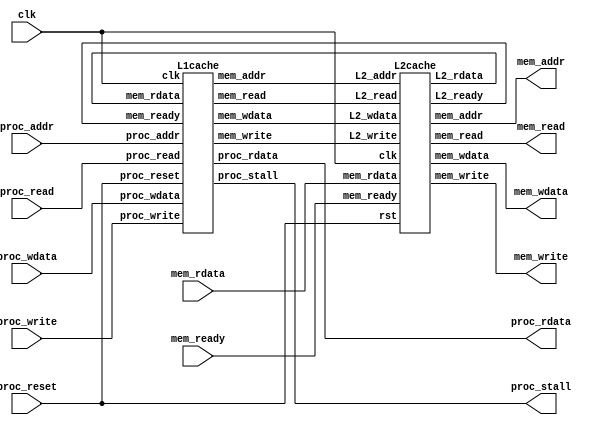
module cache(
    clk,
    proc_reset,
    proc_read,
    proc_write,
    proc_addr,
    proc_rdata,
    proc_wdata,
    proc_stall,
    mem_read,
    mem_write,
    mem_addr,
    mem_rdata,
    mem_wdata,
    mem_ready
);
    
//==== input/output definition ============================
    input          clk;
    // processor interface
    input          proc_reset;
    input          proc_read, proc_write;
    input   [29:0] proc_addr;
    input   [31:0] proc_wdata;
    output         proc_stall;
    output  [31:0] proc_rdata;
    // memory interface
    input  [127:0] mem_rdata;
    input          mem_ready;
    output         mem_read, mem_write;
    output  [27:0] mem_addr;
    output [127:0] mem_wdata;
    
//==== wire/reg definition ================================
    wire read, write, ready;
    wire [27:0] addr;
    wire [127:0] wdata, rdata;

    L1cache cache_1(
        .clk(clk), 
        .proc_reset(proc_reset), 
        .proc_read(proc_read), 
        .proc_write(proc_write), 
        .proc_addr(proc_addr), 
        .proc_rdata(proc_rdata), 
        .proc_wdata(proc_wdata),
        .proc_stall(proc_stall),
        .mem_read(read),
        .mem_write(write),
        .mem_addr(addr),
        .mem_rdata(rdata),
        .mem_wdata(wdata),
        .mem_ready(ready)
    );

    L2cache cache_2(
        .rst(proc_reset),
        .clk(clk),
        .L2_read(read),
        .L2_write(write),
        .L2_addr(addr),
        .L2_wdata(wdata),
        .L2_rdata(rdata),
        .L2_ready(ready),
        .mem_read(mem_read),
        .mem_write(mem_write),
        .mem_addr(mem_addr),
        .mem_wdata(mem_wdata),
        .mem_rdata(mem_rdata),
        .mem_ready(mem_ready)
    );




endmodule

module L1cache(
    clk,
    proc_reset,
    proc_read,
    proc_write,
    proc_addr,
    proc_rdata,
    proc_wdata,
    proc_stall,
    mem_read,
    mem_write,
    mem_addr,
    mem_rdata,
    mem_wdata,
    mem_ready
);
    
//==== input/output definition ============================
    input          clk;
    // processor interface
    input          proc_reset;
    input          proc_read, proc_write;
    input   [29:0] proc_addr;
    input   [31:0] proc_wdata;
    output         proc_stall;
    output  [31:0] proc_rdata;
    // memory interface
    input  [127:0] mem_rdata;
    input          mem_ready;
    output         mem_read, mem_write;
    output  [27:0] mem_addr;
    output [127:0] mem_wdata;
    
//==== wire/reg definition ================================
    integer i;
    parameter IDLE = 3'd0;
    parameter READ = 3'd1;
    parameter WRITE = 3'd2;
    parameter WRITEBACK_R = 3'd3;
    parameter WRITEBACK_W = 3'd4;
    reg [311:0] cache1[0:3];       //[311]:valid1   [310]:dirty1    [309:284]:tag1    [283:156]:data1   [155]:valid2     [154]:dirty2    [153:128]:tag2    [127:0]:data2
    reg [311:0] n_cache1[0:3];
    reg [2:0] state, n_state;
    reg previous_used [0:3];
    reg n_previous_used [0:3];
    wire valid1, valid2, match1, match2, hit, writeread, which_cache;
    wire [155:0] block;
    wire [25:0] tag1, tag2;
    wire [1:0] block_num;
    wire [1:0] data_num;
    reg proc_stall, mem_read, mem_write;
    reg [31:0] blockword, newreadword, proc_rdata;
    reg [127:0] newdata_write, newdata_write_mem;
    reg [27:0] mem_addr;
//==== combinational circuit ==============================
    assign block_num = proc_addr[3:2];
    assign data_num = proc_addr[1:0];
    assign tag1 = cache1[block_num][309:284];
    assign tag2 = cache1[block_num][153:128];
    assign valid1 = cache1[block_num][311];
    assign valid2 = cache1[block_num][155];
    assign match1 = (tag1==proc_addr[29:4])?1'b1:1'b0;
    assign match2 = (tag2==proc_addr[29:4])?1'b1:1'b0;
    assign hit = ((valid1&&match1)||(valid2&&match2))?1'b1:1'b0;
    assign which_cache = (hit)?(valid2&match2):previous_used[block_num];
    assign block = (which_cache)?cache1[block_num][155:0]:cache1[block_num][311:156];
    assign writeread = ((~hit)&&block[154]&&block[155])?1'b1:1'b0;
    //assign mem_addr = proc_addr[29:2];
    assign mem_wdata = block[127:0];
    always@(*)begin
        proc_stall = 0;
        mem_write = 0;
        mem_read = 0;
        case (state)
            IDLE:begin
                if(proc_read)begin
                    if(hit)begin
                        n_state = IDLE;
                    end
                    else if(writeread)begin
                        n_state = WRITEBACK_R;
                        proc_stall = 1'b1;
                        mem_write = 1'b1;
                    end
                    else begin
                        n_state = READ;
                        proc_stall = 1'b1;
                        mem_read = 1'b1;
                    end
                end
                else if(proc_write)begin
                    if(hit)begin
                        n_state = IDLE;
                    end
                    else if(writeread)begin
                        n_state = WRITEBACK_W;
                        proc_stall = 1'b1;
                        mem_write = 1'b1;
                    end
                    else begin
                        n_state = WRITE;
                        proc_stall = 1'b1;
                        mem_read = 1;
                    end
                end
                else begin
                    n_state = IDLE;
                end
            end

            READ:begin
                if(mem_ready)begin
                    proc_stall = 1'b0;
                    mem_read = 1'b0;
                    n_state = IDLE;
                end
                else begin
                    proc_stall = 1'b1;
                    mem_read = 1'b1;
                    n_state = READ;
                end
            end

            WRITE:begin
                if(mem_ready)begin
                    proc_stall = 1'b0;
                    mem_write = 1'b0;
                    n_state = IDLE;
                end
                else begin
                    proc_stall = 1'b1;
                    mem_read = 1'b1;
                    n_state = WRITE;
                end
            end

            WRITEBACK_R:begin
                if(mem_ready)begin
                    proc_stall = 1'b1;
                    mem_write = 0;
                    n_state = READ;
                end
                else begin
                    proc_stall = 1'b1;
                    mem_write = 1'b1;
                    n_state = WRITEBACK_R;
                end
            end

            WRITEBACK_W:begin
                if(mem_ready)begin
                    proc_stall = 1'b1;
                    mem_write = 1'b0;
                    n_state = WRITE;
                end
                else begin
                    proc_stall = 1'b1;
                    mem_write = 1'b1;
                    n_state = WRITEBACK_W;
                end
            end
            default : n_state = IDLE;
        endcase
    end
    always@(*)begin
        for(i=0; i<4; i=i+1)begin
            n_cache1[i] = cache1[i];
            n_previous_used[i] = previous_used[i];
        end
        proc_rdata = 32'd0;
        mem_addr = proc_addr[29:2];
        case (state)
            IDLE:begin
                if(proc_read&&hit)begin
                    proc_rdata = blockword;
                end
                else if(proc_write&&hit)begin
                    n_cache1[block_num] = (which_cache)?{cache1[block_num][311:156],2'b11,proc_addr[29:4], newdata_write}:{2'b11,proc_addr[29:4], newdata_write,cache1[block_num][155:0]};
                end
            end
            READ:begin
                proc_rdata = newreadword;
                n_cache1[block_num] = (which_cache)?{cache1[block_num][311:156],2'b10,proc_addr[29:4], mem_rdata}:{2'b10,proc_addr[29:4], mem_rdata,cache1[block_num][155:0]};
                n_previous_used[block_num] = ~which_cache;
            end
            WRITE:begin
                n_cache1[block_num] = (which_cache)?{cache1[block_num][311:156],2'b11,proc_addr[29:4], newdata_write_mem}:{2'b11,proc_addr[29:4], newdata_write_mem,cache1[block_num][155:0]};
                n_previous_used[block_num] = ~which_cache;
            end
            WRITEBACK_R:begin
                mem_addr = {block[153:128],block_num};
            end
            WRITEBACK_W:begin
                mem_addr = {block[153:128],block_num};
            end

            default : /* default */;
        endcase
    end

    always@(*)begin
        case (data_num)
            2'b00:begin
                blockword = block[31:0];
                newreadword = mem_rdata[31:0];
                newdata_write = {block[127:32], proc_wdata};
                newdata_write_mem = {mem_rdata[127:32], proc_wdata};
            end
            2'b01:begin
                blockword = block[63:32];
                newreadword = mem_rdata[63:32];
                newdata_write = {block[127:64],proc_wdata,block[31:0]};
                newdata_write_mem = {mem_rdata[127:64],proc_wdata,block[31:0]};
            end
            2'b10:begin
                blockword = block[95:64];
                newreadword = mem_rdata[95:64];
                newdata_write = {block[127:96],proc_wdata,block[63:0]};
                newdata_write_mem = {mem_rdata[127:96],proc_wdata,block[63:0]};
            end
            default:begin
                blockword = block[127:96];
                newreadword = mem_rdata[127:96];
                newdata_write = {proc_wdata,block[95:0]};
                newdata_write_mem = {proc_wdata,mem_rdata[95:0]};
            end
        endcase
    end
//==== sequential circuit =================================
always@( posedge clk ) begin
    if( proc_reset ) begin
        for(i=0;i<4;i=i+1)begin
            cache1[i]<=0;
            previous_used[i]<=0;
        end
        state<=IDLE;
    end
    else begin
        for(i=0;i<4;i=i+1)begin
            cache1[i]<=n_cache1[i];
            previous_used[i]<=n_previous_used[i];
        end
        state<=n_state;
    end
end

endmodule
module L2cache (
    rst,
    clk,    // Clock
    L2_read,
    L2_write,
    L2_addr,
    L2_wdata,
    L2_rdata,
    L2_ready,
    mem_read,
    mem_write,
    mem_addr,
    mem_wdata,
    mem_rdata,
    mem_ready
);

//==== input/output definition ============================
    input clk;
    input rst;
    //L1 interface
    input L2_read;
    input L2_write;
    input [27:0] L2_addr;
    input [127:0] L2_wdata;
    output [127:0] L2_rdata;
    output L2_ready;

    //Mem interface
    input [127:0] mem_rdata;
    input mem_ready;
    output mem_read;
    output mem_write;
    output [27:0] mem_addr;
    output [127:0] mem_wdata;
//==== wire/reg definition ================================
    integer i;
    parameter IDLE = 2'd0;
    parameter READ = 2'd1;
    parameter WRITE = 2'd2;
    parameter WRITEMISS = 2'd3;
    reg [153:0] cache2 [0:7][0:1];
    reg [153:0] n_cache2 [0:7][0:1];
    reg [127:0] L2_rdata;
    reg [1:0] state, n_state;
    reg mem_read, mem_write, L2_ready, n_L2_ready;
    reg previous_used[0:7], n_previous_used[0:7];
    wire [2:0] block_num;
    wire [153:0] block;
    wire valid1, valid2, match1, match2, which_cache, hit;
    wire [24:0] tag1, tag2;
    assign block_num = L2_addr[2:0];
    assign valid1 = cache2[block_num][0][153];
    assign valid2 = cache2[block_num][1][153];
    assign tag1 = cache2[block_num][0][152:128];
    assign tag2 = cache2[block_num][1][152:128];
    assign match1 = (tag1==L2_addr[27:3])?1'b1:1'b0;
    assign match2 = (tag2==L2_addr[27:3])?1'b1:1'b0;
    assign hit = ((valid1&&match1)||(valid2&&match2))?1'b1:1'b0;
    assign which_cache = (hit)?(match2&valid2):previous_used[block_num];
    assign block = cache2[block_num][which_cache];
    assign mem_addr = L2_addr;
    assign mem_wdata = block[127:0];

    always@(*)begin
        for(i=0;i<8;i=i+1)begin
            n_cache2[i][0] = cache2[i][0];
            n_cache2[i][1] = cache2[i][1];
            n_previous_used[i] = previous_used[i];
        end
        n_L2_ready = 0;
        mem_read = 0;
        mem_write = 0;
        L2_rdata = block[127:0];
        case (state)
            IDLE:begin
                if(L2_read)begin
                    if(hit)begin
                        L2_rdata = block[127:0];
                        n_state = IDLE;
                        n_L2_ready = 1;
                    end
                    else begin
                        n_state = READ;
                        mem_read = 1;
                    end
                end
                else if(L2_write)begin
                    if(hit)begin
                        n_state = WRITE;
                        mem_write = 1;
                    end
                    else begin
                        n_state = WRITEMISS;
                        mem_read = 1;
                    end
                end
                else begin
                    n_state = IDLE;
                end
            end
            READ:begin
                if(mem_ready)begin
                    n_cache2[block_num][which_cache] = {1'b1,L2_addr[27:3],mem_rdata};
                    L2_rdata = mem_rdata;
                    mem_read = 0;
                    n_state = IDLE;
                    n_L2_ready = 1;
                    n_previous_used[block_num] = ~which_cache;
                end
                else begin
                    mem_read = 1;
                    n_state = READ;
                    n_L2_ready = 0;
                end
            end
            WRITE:begin
                n_cache2[block_num][which_cache] = {1'b1, L2_addr[27:3],L2_wdata};
                if(mem_ready)begin
                    mem_write = 0;
                    n_state = IDLE;
                    n_L2_ready = 1;
                    n_previous_used[block_num] = ~which_cache;
                end
                else begin
                    mem_write = 1;
                    n_state = WRITE;
                    n_L2_ready = 0;
                end
            end
            WRITEMISS:begin
                if(mem_ready)begin
                    mem_read = 0;
                    mem_write = 1;
                    n_state = WRITE;
                    n_L2_ready = 0;
                    n_cache2[block_num][which_cache] = {1'b1, L2_addr[27:3], mem_rdata};
                end
                else begin
                    mem_read = 1;
                    n_state = WRITEMISS;
                    mem_write = 0;
                    n_L2_ready = 0;
                end
            end
            default : n_state = IDLE;
        endcase
    end
        always @(posedge clk) begin
            if(rst) begin
                for(i=0;i<8;i=i+1)begin
                    cache2[i][0]<=0;
                    cache2[i][1]<=0;
                    previous_used[i]<=0;
                end
                state<=IDLE;
                L2_ready<=0;
            end else begin
                for(i=0;i<8;i=i+1)begin
                    cache2[i][0]<=n_cache2[i][0];
                    cache2[i][1]<=n_cache2[i][1];
                    previous_used[i]<=n_previous_used[i];
                end
                state<=n_state;
                L2_ready<=n_L2_ready;
            end
        end

    endmodule